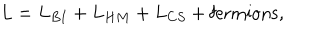
LaTeX: L = L _ { B I } + L _ { H M } + L _ { C S } + \mathrm { f e r m i o n s } ,